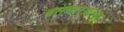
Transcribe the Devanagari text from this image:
बसणार्‍यांच्या